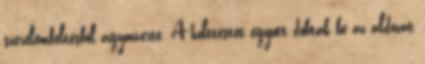
szerelemféltésből agyonverte. A holttestét együtt dobták be az áldozat